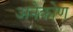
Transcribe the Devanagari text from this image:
अनेकोण